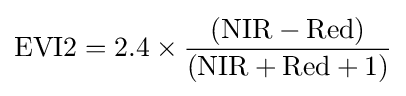
{\text{EVI2}}=2.4\times {({\text{NIR}}-{\text{Red}}) \over ({\text{NIR}}+{\text{Red}}+1)}